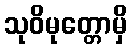
သုဝိမုတ္တောမှိ